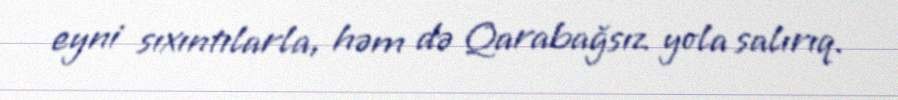
eyni sıxıntılarla, həm də Qarabağsız yola salırıq.